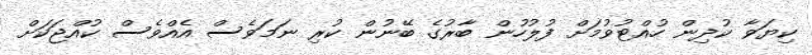
ކިޔަވާ ކުދިން ހުއްޓުވުމަށް ފުލުހުން ބާރުގެ ބޭނުން ކުރި ނަމަވެސް އެއްވެސް ކުއްޖަކަށް